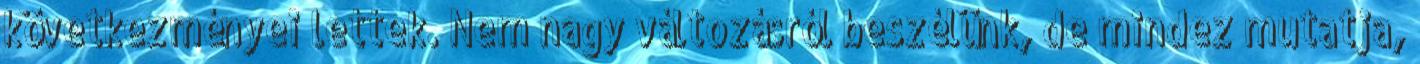
következményei lettek. Nem nagy változásról beszélünk, de mindez mutatja,